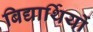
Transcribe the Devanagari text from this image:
बिद्यार्थियों